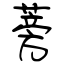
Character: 蒡